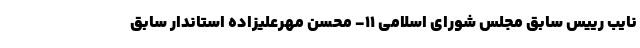
نایب رییس سابق مجلس شورای اسلامی ۱۱- محسن مهرعلیزاده استاندار سابق